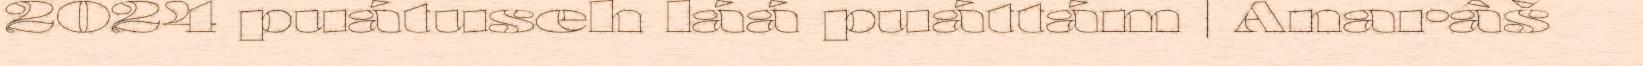
2024 puátuseh láá puáttám | Anarâš